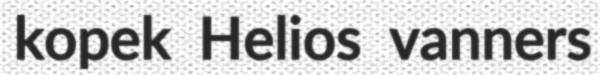
kopek Helios vanners